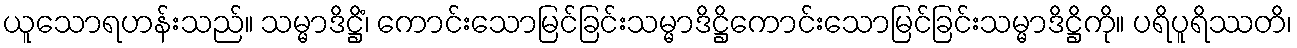
ယူသောရဟန်းသည်။ သမ္မာဒိဋ္ဌိံ၊ ကောင်းသောမြင်ခြင်းသမ္မာဒိဋ္ဌိကောင်းသောမြင်ခြင်းသမ္မာဒိဋ္ဌိကို။ ပရိပူရိဿတိ၊